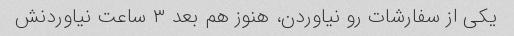
یکی از سفارشات رو نیاوردن، هنوز هم بعد ۳ ساعت نیاوردنش